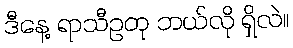
ဒီနေ့ ရာသီဥတု ဘယ်လို ရှိလဲ။